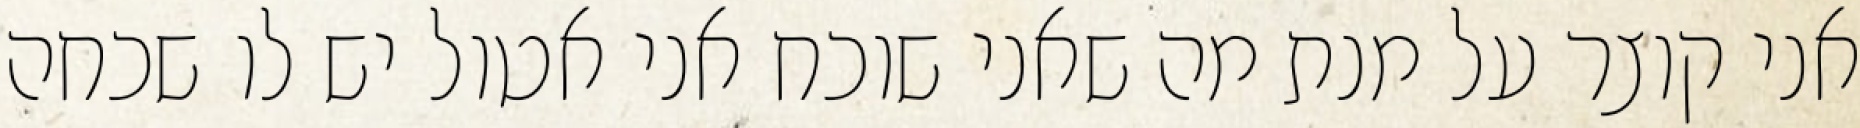
אני קוצר על מנת מה שאני שוכח אני אטול יש לו שכחה